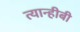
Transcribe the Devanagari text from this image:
त्यान्हीबी